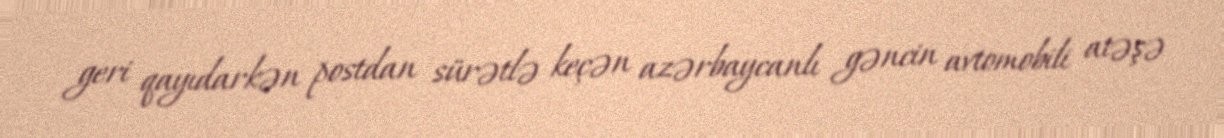
geri qayıdarkən postdan sürətlə keçən azərbaycanlı gəncin avtomobili atəşə